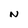
Character: N